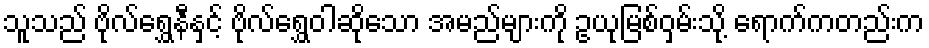
သူသည် ဗိုလ်ရွှေနီနှင့် ဗိုလ်ရွှေဝါဆိုသော အမည်များကို ဥယုမြစ်ဝှမ်းသို့ ရောက်ကတည်းက